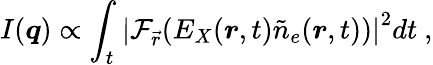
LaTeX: I(\boldsymbol{q})\propto\int_{t}\left|\mathcal{F}_{\vec{r}}(E_{X}(\boldsymbol{r},t)\tilde{n}_{e}(\boldsymbol{r},t))\right|^{2}dt\ ,